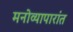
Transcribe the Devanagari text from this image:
मनोव्यापारांत